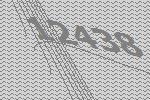
12438